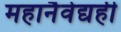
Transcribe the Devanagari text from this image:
महानैवेद्यही